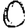
Digit: 0